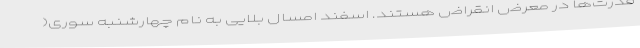
قدرت‌ها در معرض انقراض هستند. اسفند امسال بلایی به نام چهارشنبه سوری(